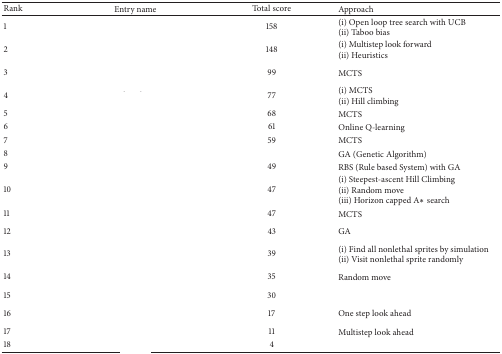
<table><thead><tr><td><b>Rank</b></td><td><b>Entry name</b></td><td><b>Total score</b></td><td><b>Approach</b></td></tr></thead><tbody><tr><td>1</td><td>[EMPTY_CELL]</td><td>158</td><td>(i) Open loop tree search with UCB(ii) Taboo bias</td></tr><tr><td>2</td><td>[EMPTY_CELL]</td><td>148</td><td>(i) Multistep look forward(ii) Heuristics</td></tr><tr><td>3</td><td>[EMPTY_CELL]</td><td>99</td><td>MCTS</td></tr><tr><td>4</td><td>[EMPTY_CELL]</td><td>77</td><td>(i) MCTS(ii) Hill climbing</td></tr><tr><td>5</td><td>[EMPTY_CELL]</td><td>68</td><td>MCTS</td></tr><tr><td>6</td><td>[EMPTY_CELL]</td><td>61</td><td>Online Q-learning</td></tr><tr><td>7</td><td>[EMPTY_CELL]</td><td>59</td><td>MCTS</td></tr><tr><td>8</td><td>[EMPTY_CELL]</td><td>[EMPTY_CELL]</td><td>GA (Genetic Algorithm)</td></tr><tr><td>9</td><td>[EMPTY_CELL]</td><td>49</td><td>RBS (Rule based System) with GA</td></tr><tr><td>10</td><td>[EMPTY_CELL]</td><td>47</td><td>(i) Steepest-ascent Hill Climbing(ii) Random move(iii) Horizon capped A<i>∗</i> search</td></tr><tr><td>11</td><td>[EMPTY_CELL]</td><td>47</td><td>MCTS</td></tr><tr><td>12</td><td>[EMPTY_CELL]</td><td>43</td><td>GA</td></tr><tr><td>13</td><td>[EMPTY_CELL]</td><td>39</td><td>(i) Find all nonlethal sprites by simulation (ii) Visit nonlethal sprite randomly</td></tr><tr><td>14</td><td>[EMPTY_CELL]</td><td>35</td><td>Random move</td></tr><tr><td>15</td><td>[EMPTY_CELL]</td><td>30</td><td>[EMPTY_CELL]</td></tr><tr><td>16</td><td>[EMPTY_CELL]</td><td>17</td><td>One step look ahead</td></tr><tr><td>17</td><td>[EMPTY_CELL]</td><td>11</td><td>Multistep look ahead</td></tr><tr><td>18</td><td>[EMPTY_CELL]</td><td>4</td><td>[EMPTY_CELL]</td></tr></tbody></table>